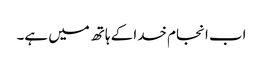
اب انجام خدا کے ہاتھ میں ہے۔